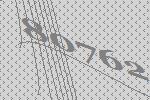
80762